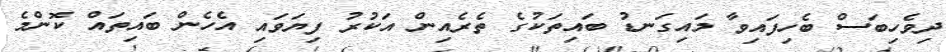
ދިވެހިބަސް ބެހިފައިވާ މައިގަނޑު ބައިތަކުގެ ތެރެއިން އަކުރު ފިޔަވައި އެހެން ބައިތައް ކޮންމެ